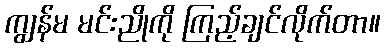
ကျွန်မ မင်းညိုကို ကြည့်ချင်လိုက်တာ။